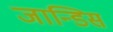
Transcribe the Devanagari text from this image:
जान्डिस